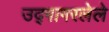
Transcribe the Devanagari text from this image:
उद्गागरलेले